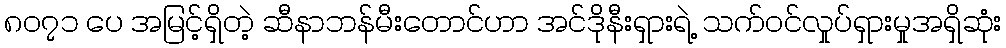
၈၀၇၁ ပေ အမြင့်ရှိတဲ့ ဆီနာဘန်မီးတောင်ဟာ အင်ဒိုနီးရှားရဲ့ သက်ဝင်လှုပ်ရှားမှုအရှိဆုံး